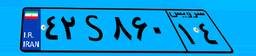
۰۰S۱۵۹۶۷